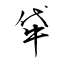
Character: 牮